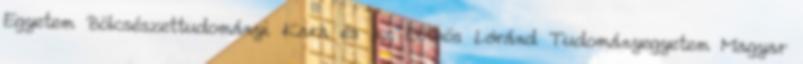
Egyetem Bölcsészettudományi Kara és az Eötvös Lóránd Tudományegyetem Magyar